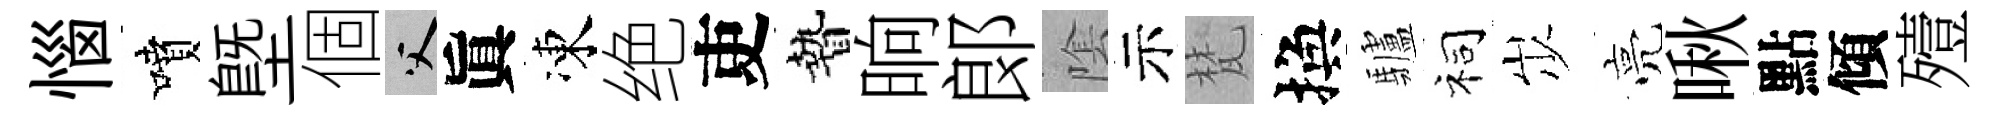
惱噴塈個父眞凍绝吏贄晌郞隂示梵換驢祠𡵯亮啾點傾殪